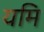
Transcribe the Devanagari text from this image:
यमि